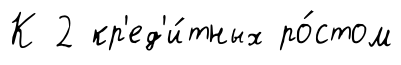
К 2 кр'ед'и́тных ро́стом